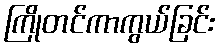
ကြိုတင်ကာကွယ်ခြင်း